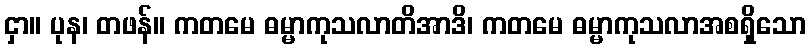
ငှာ။ ပုန၊ တဖန်။ ကတမေ ဓမ္မာကုသလာတိအာဒိ၊ ကတမေ ဓမ္မာကုသလာအစရှိသော